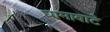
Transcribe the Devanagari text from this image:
घामावाटे